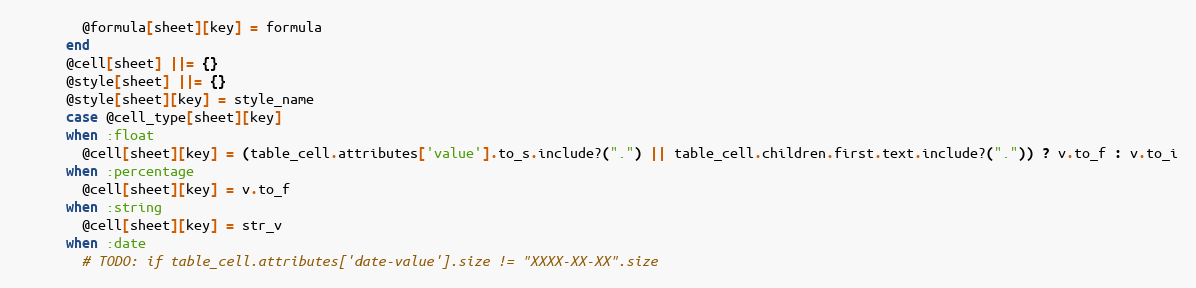
Language: Ruby
        @formula[sheet][key] = formula
      end
      @cell[sheet] ||= {}
      @style[sheet] ||= {}
      @style[sheet][key] = style_name
      case @cell_type[sheet][key]
      when :float
        @cell[sheet][key] = (table_cell.attributes['value'].to_s.include?(".") || table_cell.children.first.text.include?(".")) ? v.to_f : v.to_i
      when :percentage
        @cell[sheet][key] = v.to_f
      when :string
        @cell[sheet][key] = str_v
      when :date
        # TODO: if table_cell.attributes['date-value'].size != "XXXX-XX-XX".size